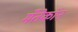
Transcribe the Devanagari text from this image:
मँतेकॉन